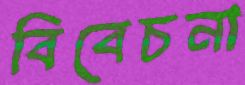
বিবেচনা